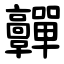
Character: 䯬